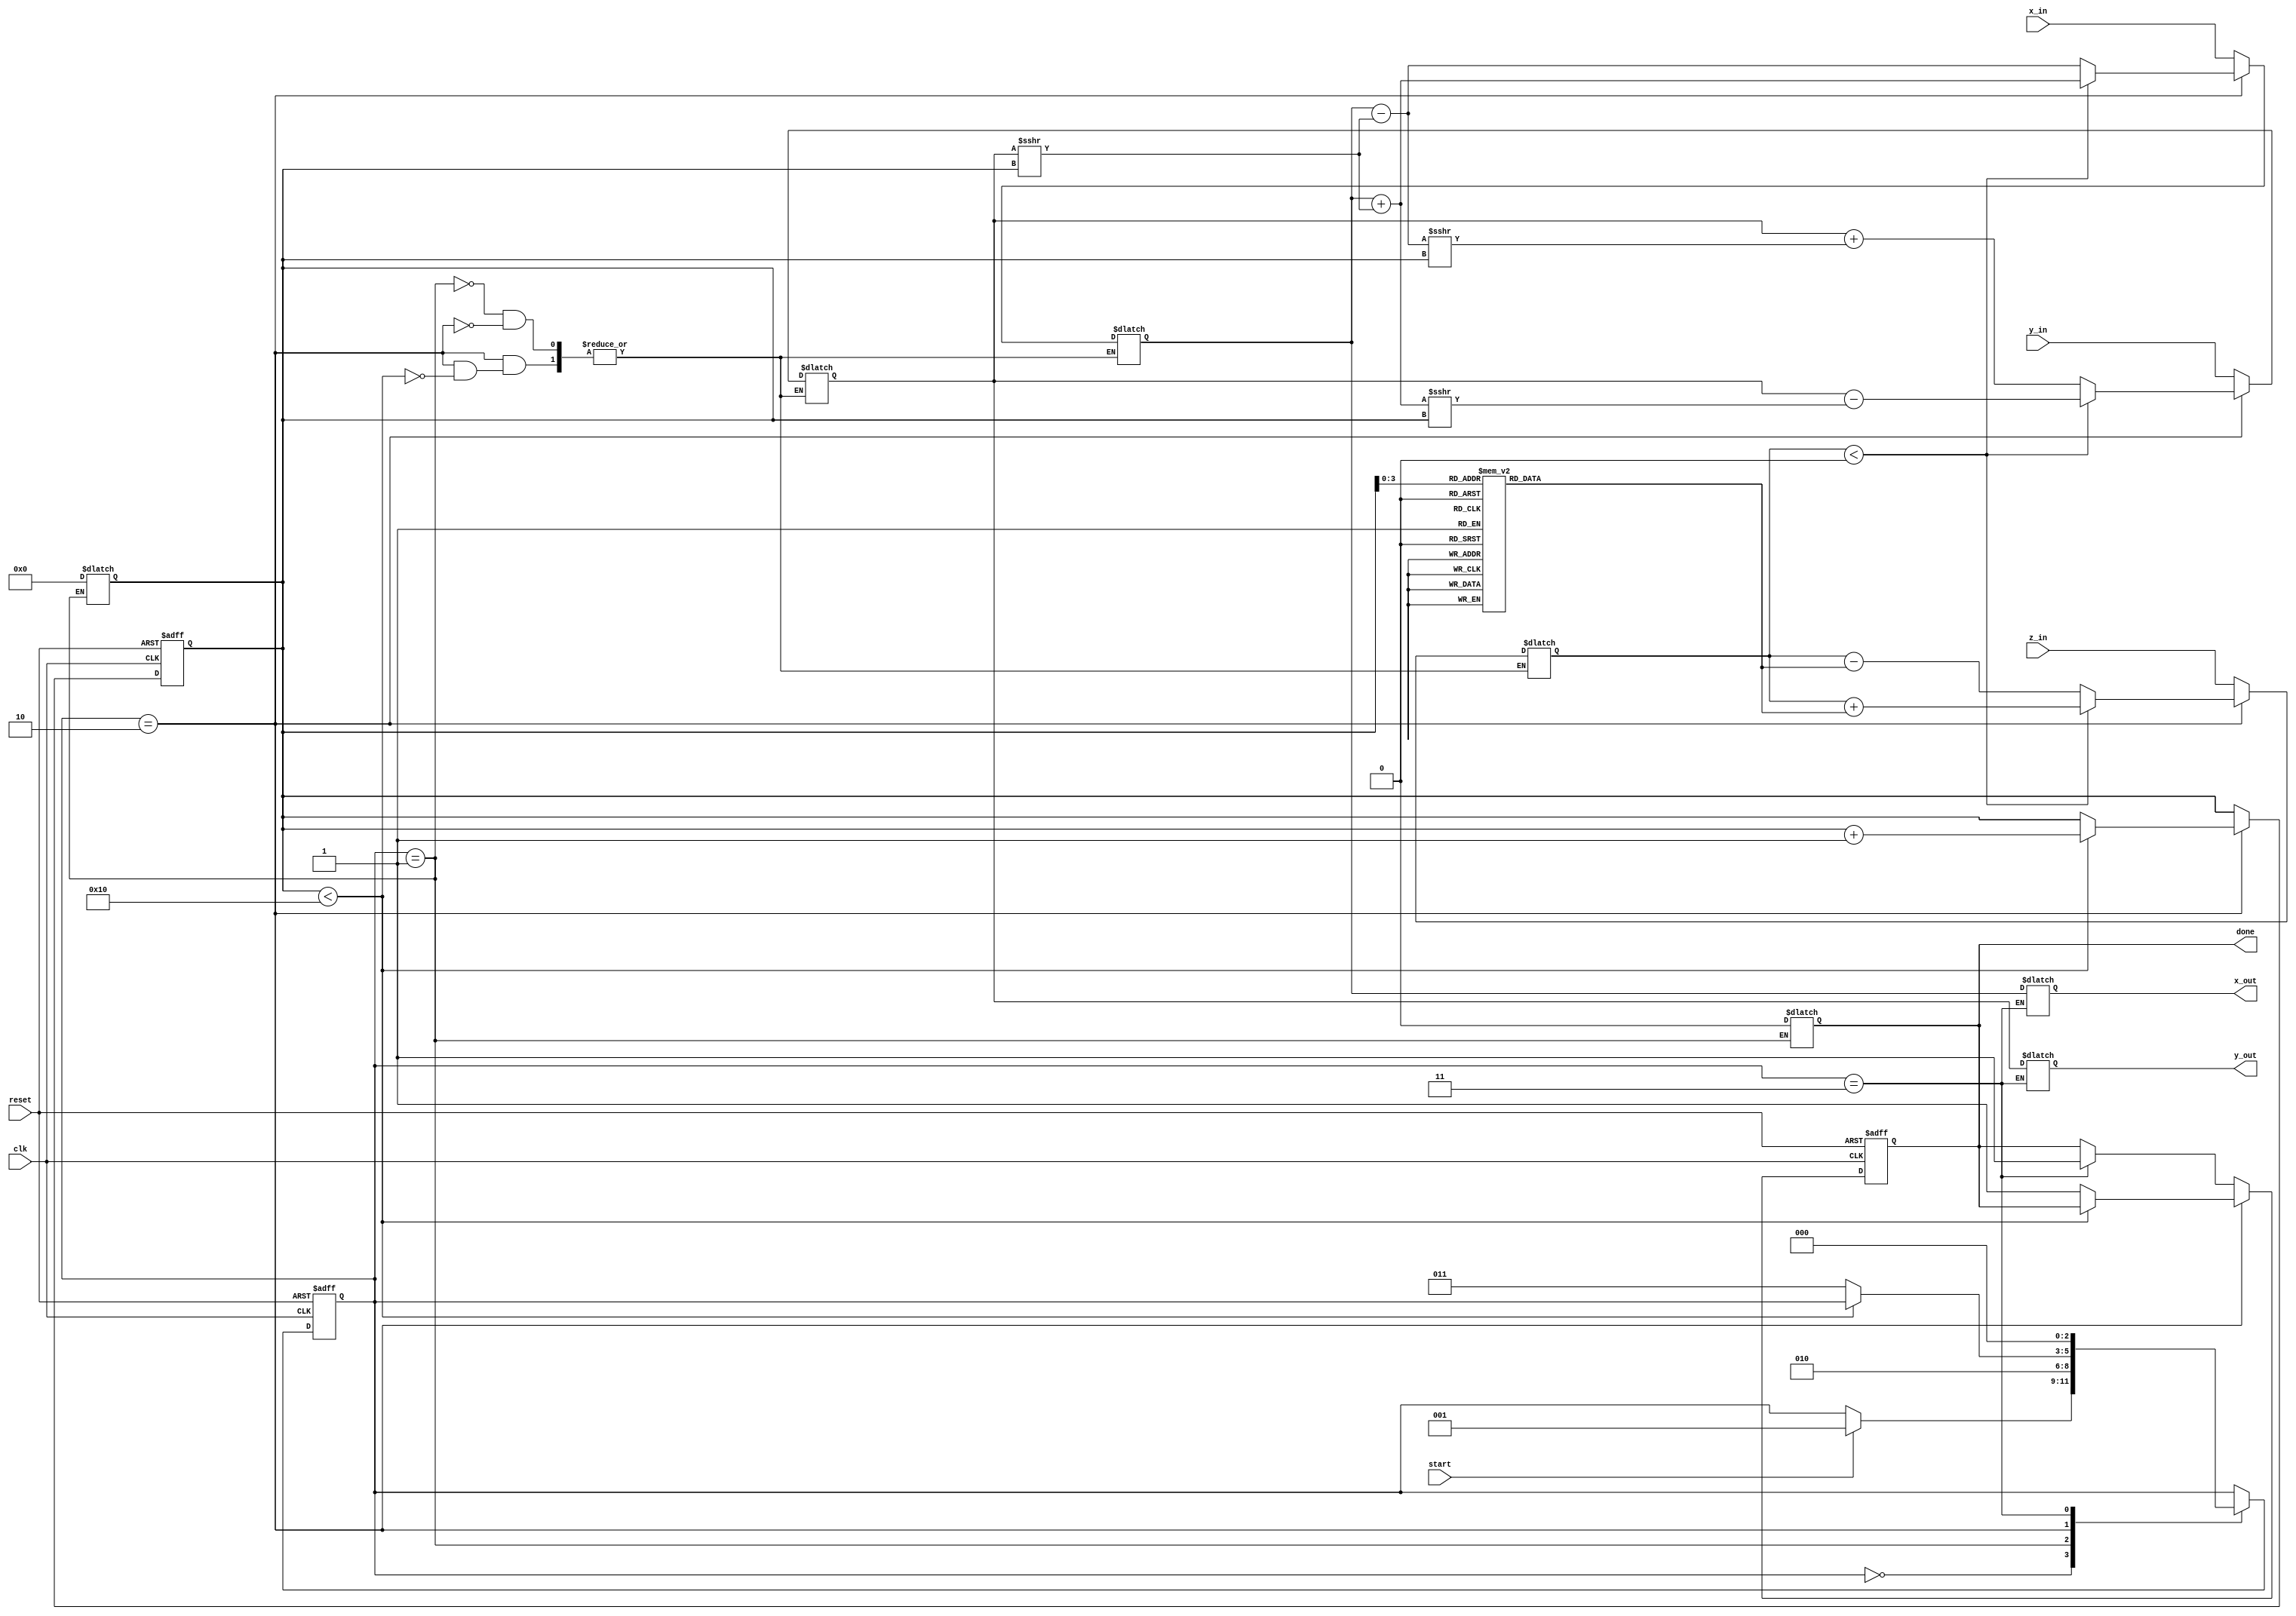
module cordic_2d #(
    parameter DATA_WIDTH = 16,      // Total width for x, y, z
    parameter ITERATIONS = 16,       // Number of CORDIC iterations
    parameter ANGLE_WIDTH = 16       // Width for angle representation
)(
    input wire [DATA_WIDTH-1:0] x_in,    // Input x-coordinate
    input wire [DATA_WIDTH-1:0] y_in,    // Input y-coordinate
    input wire [ANGLE_WIDTH-1:0] z_in,    // Input angle
    input wire start,                     // Start signal
    input wire clk,                       // Clock signal
    input wire reset,                     // Reset signal
    output reg [DATA_WIDTH-1:0] x_out,   // Output x-coordinate
    output reg [DATA_WIDTH-1:0] y_out,   // Output y-coordinate
    output reg done                       // Done signal
);

    reg [DATA_WIDTH-1:0] x_reg, y_reg;
    reg [ANGLE_WIDTH-1:0] z_reg;
    reg [4:0] iteration;                   // Counter for iterations
    reg [2:0] state, next_state;           // FSM states

    localparam IDLE      = 3'b000;
    localparam INIT      = 3'b001;
    localparam COMPUTE   = 3'b010;
    localparam DONE      = 3'b011;

    // Predefined atan(2^-i) values (in fixed-point representation)
    reg [ANGLE_WIDTH-1:0] atan_table [0:ITERATIONS-1];
    initial begin
        // Pre-calculated atan(2^-i) values (example values)
        atan_table[0] = 16'h2000; // atan(1) in fixed-point
        atan_table[1] = 16'h1666; // atan(0.5)
        atan_table[2] = 16'h0D3E; // atan(0.25)
        // Fill out the rest according to atan(2^-i)
        // ...
        atan_table[15] = 16'h0000; // atan(2^-15)
    end

    // FSM to control the CORDIC operation
    always @(posedge clk or posedge reset) begin
        if (reset) begin
            state <= IDLE;
            iteration <= 0;
            done <= 0;
        end else begin
            state <= next_state;
            if (state == COMPUTE) begin
                if (iteration < ITERATIONS) begin
                    iteration <= iteration + 1;
                end else begin
                    done <= 1;
                end
            end else if (state == DONE) begin
                done <= 1;
            end
        end
    end

    // State transition logic
    always @(*) begin
        next_state = state;
        case (state)
            IDLE: begin
                if (start) begin
                    next_state = INIT;
                end
            end
            INIT: begin
                x_reg = x_in;
                y_reg = y_in;
                z_reg = z_in;
                iteration = 0;
                done = 0;
                next_state = COMPUTE;
            end
            COMPUTE: begin
                if (iteration < ITERATIONS) begin
                    // Perform CORDIC iteration
                    if (z_reg < 0) begin
                        z_reg = z_reg + atan_table[iteration]; // Rotate counter-clockwise
                        x_reg = x_reg + (y_reg >>> iteration); // x = x + (y * 2^-i)
                        y_reg = y_reg - (x_reg >>> iteration); // y = y - (x * 2^-i)
                    end else begin
                        z_reg = z_reg - atan_table[iteration]; // Rotate clockwise
                        x_reg = x_reg - (y_reg >>> iteration); // x = x - (y * 2^-i)
                        y_reg = y_reg + (x_reg >>> iteration); // y = y + (x * 2^-i)
                    end
                end else begin
                    next_state = DONE;
                end
            end
            DONE: begin
                x_out = x_reg; // Register the output
                y_out = y_reg; // Register the output
                next_state = IDLE; // Go back to IDLE
            end
        endcase
    end

endmodule